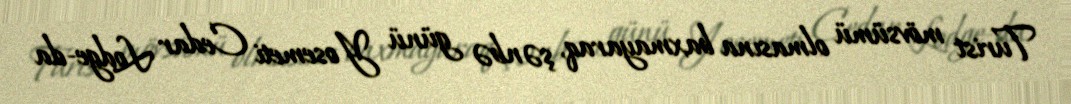
Turist mövsümü olmasına baxmayaraq, şənbə günü Yosemeti Cedar Lodge-da